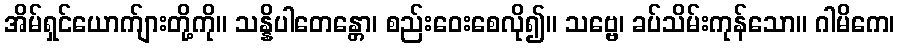
အိမ်ရှင်ယောက်ျားတို့ကို။ သန္နိပါတေန္တော၊ စည်းဝေးစေလို၍။ သဗ္ဗေ၊ ခပ်သိမ်းကုန်သော။ ဂါမိကေ၊